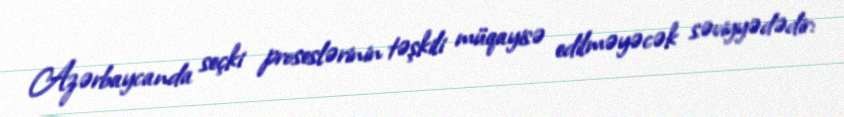
Azərbaycanda seçki proseslərinin təşkili müqayisə edilməyəcək səviyyədədir: